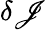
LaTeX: \delta\mathscr{J}